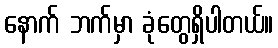
နောက် ဘက်မှာ ခုံတွေရှိပါတယ်။